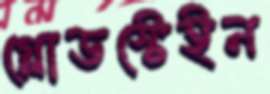
গ্লোডস্টেইন